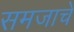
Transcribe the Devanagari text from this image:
समजाचे